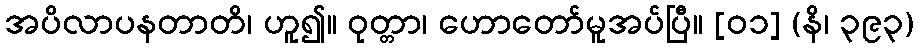
အပိလာပနတာတိ၊ ဟူ၍။ ဝုတ္တာ၊ ဟောတော်မူအပ်ပြီ။ [၀၁] (နိ၊ ၃၉၃)